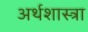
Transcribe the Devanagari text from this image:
अर्थशास्त्रा